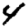
Digit: 4